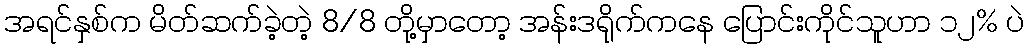
အရင်နှစ်က မိတ်ဆက်ခဲ့တဲ့ 8/8 တို့မှာတော့ အန်းဒရိုက်ကနေ ပြောင်းကိုင်သူဟာ ၁၂% ပဲ